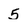
Character: 5